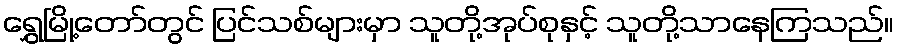
ရွှေမြို့တော်တွင် ပြင်သစ်များမှာ သူတို့အုပ်စုနှင့် သူတို့သာနေကြသည်။